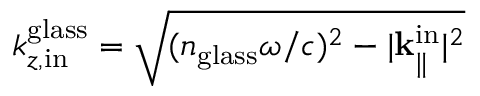
k _ { z , \mathrm { i n } } ^ { \mathrm { g l a s s } } = \sqrt { ( n _ { \mathrm { g l a s s } } \omega / c ) ^ { 2 } - | { \bf k } _ { \parallel } ^ { \mathrm { i n } } | ^ { 2 } }